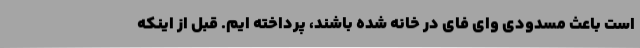
است باعث مسدودی وای فای در خانه شده باشند، پرداخته ایم. قبل از اینکه